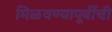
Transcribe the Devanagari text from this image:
मिळवण्यापूर्वीची